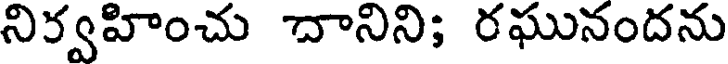
నిర్వహించు దానిని; రఘునందను